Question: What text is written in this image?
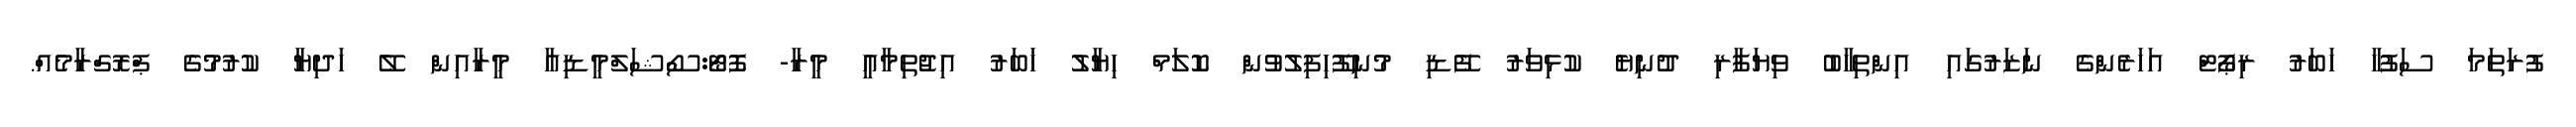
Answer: ފުރަތަމަ ސަފުހާ ހަބަރު ރިޕޯޓް އަހަރެންގެ ނަޒަރުގައި އިންތިހާބު ވިޔަފާރި ދުނިޔެ ކުޅިވަރު ފޭޑި މުނިފޫހިފިލުވުން ކޮލަމް ހިޔާލު ޚަބަރު އިޖުތިމާއީ މީރާ- ފޮޓޯ:ސޯޝަލްމީޑިއާ މީރާއިން ލޭ ހަދިޔާ ކުރުމުގެ ޕްރޮގްރާމެއް.